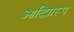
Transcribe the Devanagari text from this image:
आदिप्रारूप